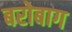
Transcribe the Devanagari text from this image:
बरोबाग